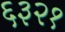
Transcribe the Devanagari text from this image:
६३२१